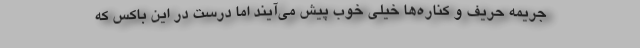
جریمه حریف و کناره‌ها خیلی خوب پیش می‌آیند اما درست در این باکس که